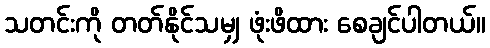
သတင်းကို တတ်နိုင်သမျှ ဖုံးဖိထား စေချင်ပါတယ်။